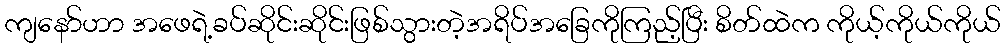
ကျနော်ဟာ အဖေရဲ့ခပ်ဆိုင်းဆိုင်းဖြစ်သွားတဲ့အရိပ်အခြေကိုကြည့်ပြီး စိတ်ထဲက ကိုယ့်ကိုယ်ကိုယ်